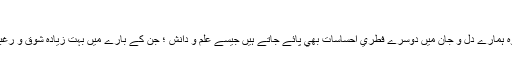
(15)
اس كے علاوہ ہمارے دل و جان ميں دوسرے فطري احساسات بھي پائے جاتے ہيں جيسے علم و دانش ؛ جن كے بارے ميں بہت زيادہ شوق و رغبت ہوتي ہے۔